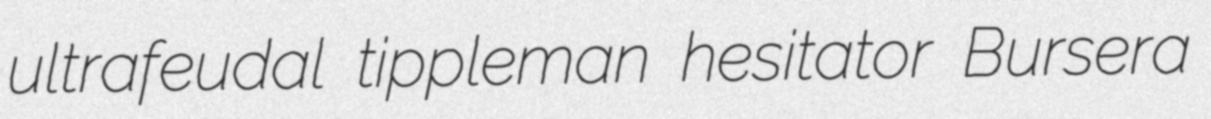
ultrafeudal tippleman hesitator Bursera